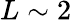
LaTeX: L\sim 2